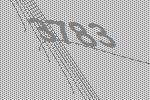
3783